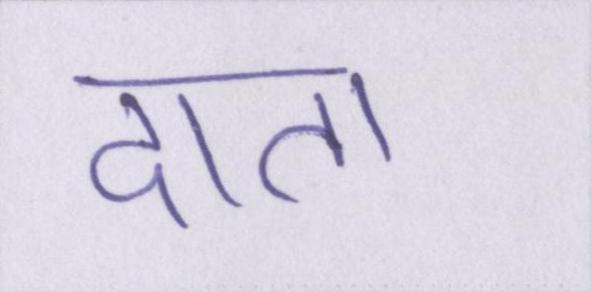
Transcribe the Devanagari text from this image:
दाता